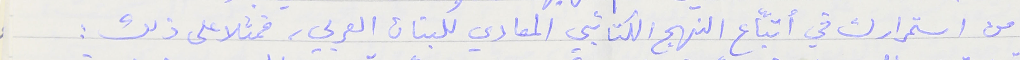
من استمرارك في أتّباع النهج الكتائبي المعادي للبنان العربي، فمثلا على ذلك :